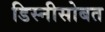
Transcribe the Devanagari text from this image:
डिस्नीसोबत